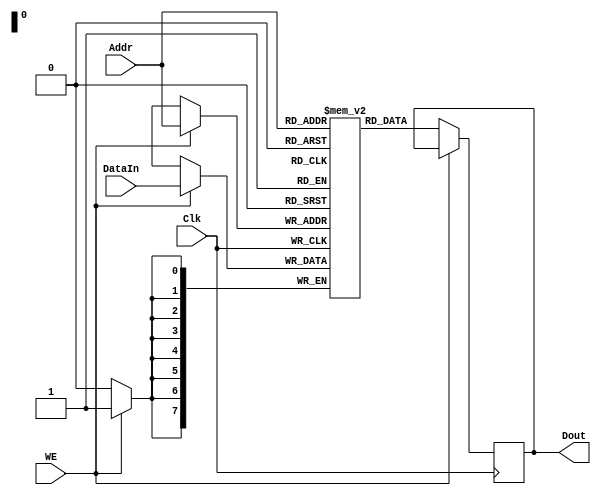
`timescale 1ns / 1ps
//////////////////////////////////////////////////////////////////////////////////
// Company: 		 San Jose State University, CMPE240
// 
// Design Name: 	 
// Module Name:    NBitMemoryBlock 
// Project Name: 	 CMPE240 Assignments
// Target Devices: Simulation only
// Tool versions: 
// Description: 	 Generic MxN memory block with minimal ports
//
// Dependencies: 	 None
//
// Revision: 
// Revision 0.01 - File Created
// Additional Comments: 
//
//////////////////////////////////////////////////////////////////////////////////
module NBitMemoryBlock
#(
	parameter MEM_WIDTH  = 8,		// Default memory width is 8 bits
	parameter ADDR_WIDTH = 8,		// Default address width is 8 bits [ so memory depth will be 2^ADDR_WIDTH ]
	parameter PATH_DELAY = 3		// Default data path delay for the output
)
(

	Dout,
	DataIn,
	Addr,
	WE,
	Clk

);

output	[ MEM_WIDTH-1:0 ]		Dout;		// Data out port
input		[ MEM_WIDTH-1:0 ]		DataIn;	// Data in port
input		[ ADDR_WIDTH-1:0 ]	Addr;		// Address input
input		WE;									// Write Enable signal
input		Clk;									// Clock input

reg		[ MEM_WIDTH-1:0 ]		Out_reg;	// Register holding the last output data

/* 
 * The memory block will be a MxN register
 * where M = DATA_WIDTH and N = 2^ADDR_WIDTH
 */
 
 reg	[ MEM_WIDTH-1:0 ] memory_block [ (2**ADDR_WIDTH)-1:0 ];
 
 always@(posedge Clk)
 begin
 
	if( WE )
	begin
	
		memory_block[ Addr ] <= DataIn;			// Write Enable is high, latch in the data
		
	end
	
	else
	begin
	
		Out_reg <= memory_block[ Addr ];			// Write Enable is low, so read out the value
			
	end
 
 end
 
 assign	#PATH_DELAY Dout = Out_reg;

endmodule